Vital statistics of India. Vol. IV, Annual returns from 1871 to 1876. British Army of India, Native Army and jails of Bengal
Year: 1871
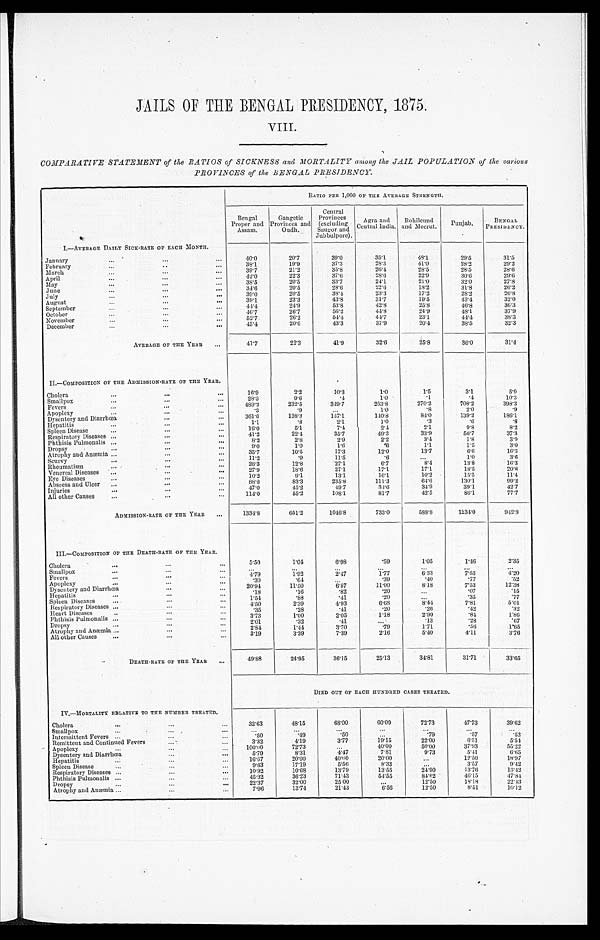
JAILS OF THE BENGAL PRESIDENCY, 1875.
VIII.
COMPARATIVE STATEMENT of the RATIOS of SICKNESS and MORTALITY among the JAIL POPULATION of the various
PROVINCES of the BENGAL PRESIDENCY.
I.—AVERAGE DAILY SICK-RATE OF EACH MONTH.
RATIO PER 1,000 OF THE AVERAGE STRENGTH.
Ben gal
Proper and
Assam.
Gangetic
Provinces and
Oudh.
Central
Provinces
(excluding
Saugor and
Jubbulpore).
Agra and
Central India.
Rohilcund
and Meerut.
Pun jab.
BENGAL P R E S I D E N C Y .
40.0
20.7
39.0
35.1
48.1
29.5
31.5
January
...
. . . ...
February
...
. . .
. . .
38.1
19.9
37.3
28.3
41.0
28.2
29.2
March.
...
. . .
...
39.7
21.2
35.8
26.4
2 8 . 5
28.5
28.6
April
...
...
. . .
42.0
2 2 . 3
37'6
28.6
2 2 . 9
3 0 . 6
29.6
May. ...
. . .
. . .
38.5
20.5
33.7
24.1
21.0
32.0
27.8
June. ...
...
...
3 4 . 6
20.5
28.0
22.6
18.2
31.8
26.2
July
...
...
...
39.0
20.5
38.1
23.3
17.2
2 8 . 2
26.8
August
...
...
. . .
39.1
23.3
43.8
3 1 . 7
19.5
43.4
32.0
September
...
...
. . .
4 4 . 4
2 4 . 9
53.8
42.8
25.8
46.8
36.3
October
...
...
...
46.7
26.7
56.2
44.8
24.9
48.1
37'9
November
...
...
. . .
52.7
2 6 . 2
5 4 . 4
44'7
23.1
44.4
38.3
December
...
...
...
45.4
2 0 . 6
43'3
37'9
2 0 . 4
3 8 . 5
32.3
AVERAGE OF THE YEAR
...
41'7
2 2 . 3
41.9
32.6
25.8
36'0
3 1 . 4
II.—COMPOSITION OF THE ADMISSION-RATE OF THE YEAR.
Cholera
...
...
...
1 6 . 9
2.2
10.3
1.0
1.5
3.1
5 . 9
Smallpox
...
. . .
...
2 8 . 3
9.6
.4
1.0
1
.4
10.3
Fevers
...
...
. . .
489. 2
232.5
349.7
2 5 3 . 8
2 7 0 . 2
708.2
398.3
Apoplexy
...
...
. . .
.3
.9
...
1.0
.8
2 . 0
.9
Dysentery and Diarrh œa ...
...
...
361.6
138. 3
147.1
1 4 0 . 8
81.0
139.2
186.1
Hepatitis
...
...
...
1.1
.8
2.1
1.0
.3
.6
.8
Spleen Disease
...
...
...
1 6 . 0
5.1
7 . 4
2.4
2.1
9.8
8.2
Respiratory Diseases ...
. . .
...
41.2
2 2 . 4
3 5 . 7
49.3
3 3 . 9
56.7
37.3
Phthisis Pulmonalis
...
...
...
8.2
2.8
2.9
2.2
3 . 4
1.8
3.9
Dropsy
...
...
. . .
9.0
1.0
1.6
.6
1.1
1.5
3.0
Atrophy and Anæmia
...
. . .
...
35.7
10.5
17.3
1 2 . 0
1 3 . 7
6.6
16.3
Scurvy
...
. . .
...
11.2
.9
11.5
.6
...
1.0
3 . 6
Rheumatism
. . .
. . .
. . .
2 8 . 3
12.8
27.1
6.7
8.4
13.8
16.3
Venereal Diseases ...
. . .
...
27.9
18.6
27.1
17.1
17.1
18. 5
20.8
Eye Diseases
...
...
. . .
1 0 . 2
9.1
13.1
10.1
1 0 . 2
15. 5
11.4
Abscess and Ulcer
...
...
...
8 8 . 8
8 3 . 3
2 3 5 . 8
111.3
64.0
130.1
99.2
Injuries
...
. . .
...
47.0
4 5 . 2
49.7
3 4 . 6
34.9
39.1
4 2 . 7
All other Causes
...
...
...
114. 0
55.2
108.1
81.7
42.5
86.1
77.7
ADMISSION-RATE OF THE YEAR
...
1334.8
651.2
1046. 8
7 3 3 . 0
588.8
1234.0
942. 3
III.—COMPOSITION OF THE DEATH-RATE OF THE YEAR.
Cholera
...
...
. . .
5.50
1 . 0 4
6.98
.59
1.05
1.46
2.35
Small pox
...
...
...
...
...
...
...
...
...
...
Fevers
...
...
...
4.79
1.92
2.47
1.77
6.33
7.53
4 . 2 0
Apoplexy
...
. . .
. . .
.30
.64
...
.39
.40
.77
.52
r
...
Dysentery and Diarrh œa ...
. . .
...
20. 94
11.50
6.57
11.00
8.18
7.53
12.38
Hepatitis
...
...
...
.18
.16
.82
.20
...
.07
.15
Spleen Diseases
...
. . . .
. . .
1.54
.88
.41
.20
...
.35
.77
Respiratory Diseases ...
...
. . .
4 . 5 0
2.39
4.93
6 . 6 8
8.44
7.81
5.01
Heart Diseases
...
...
. . .
.35
.23
.41
.20
.26
.42
.32
Phthisis Pulmonalis ...
...
...
3.73
1.00
2 . 0 5
1.18
2.90
.84 1.86
Drops
...
...
. . .
2.1
. 3 2
. 4 1
...
. 1 3
. 2 8
. 6 7
Atrophy and Anæmia ...
. . .
...
2 . 8 4
1 . 4 4
3 . 7 0
.79
1.71
. 5 6
1.65
All other Causes
...
...
...
3 . 1 9
3.39
7 . 3 9
2.16
5 . 4 0
4.11
3 . 7 6
DEATH-RATE OF THE YEAR ...
49. 88
24. 95
3 6 . 1 5
25.13
3 4 . 8 1
31.71
33. 65
DIED OUT OF EACH HUNDRED CASES TREATED.
IV.—MORTALITY RELATIVE TO THE NUMBER TREATED.
32. 63
48.15
68.00
6 0 . 0 9
7 2 . 7 3
47. 73
39.62
Cholera
...
. . .
...
Smallpox
. . . ...
...
...
...
...
...
...
...
...
Intermittent Fevers ...
...
...
.50
.49
.50
...
.79
.57
.52
Remittent and Continued Fevers
. . .
...
3.32
4 . 1 9
3.77
19.15
2 2 . 0 0
6. 51
5 . 5 4
Apoplexy
...
...
...
100.00
72. 73
...
40.00
10.00
37. 93
55.22
Dysentery and Diarrhœa
. . .
. . .
5 . 7 9
8.31
4 . 4 7
7.81
9.73
5.41
6 . 6 5
Hepatitis
...
...
. . .
16.67
20. 00
40.00
20.0
. . .
12.50
18. 97
Spleen Disease
...
...
...
9.63
17.19
5 . 5 6
8 . 3
...
3.57
9 . 4 2
Respiratory Diseases ...
. . .
...
10.92
10.68
13.79
1 3 . 5 5
2 4 . 9 0
13.76
13.42
Phthisis Pulmonalis ...
...
. . .
45.32
36.23
71.43
5 4 . 5 5
8 4 . 6 2
46.15
4 7 . 8 4
Dropsy
...
...
. . .
22.37
32.00
25.00
...
1 2 . 5 0
18.18
22. 43
Atrophy and Anaemia ...
...
. . .
7.96
13.74
21.43
6 . 5 6
12.50
8.51
10. 12